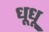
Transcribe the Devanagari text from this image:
धूधू